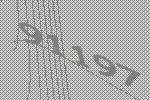
91197